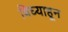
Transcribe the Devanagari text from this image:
बिघ्याहून